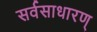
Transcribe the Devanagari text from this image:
सर्वसाधारण्